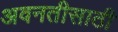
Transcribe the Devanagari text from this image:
अवनतीसाठी